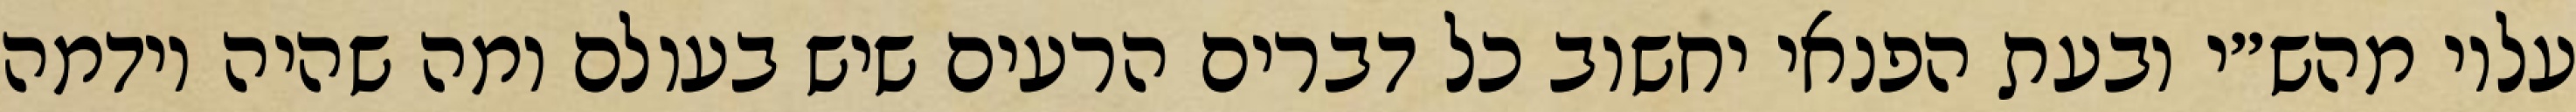
עליו מהש״י ובעת הפנאי יחשוב כל דברים הרעים שיש בעולם ומה שהיה וידמה